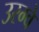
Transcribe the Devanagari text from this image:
उरग्वे